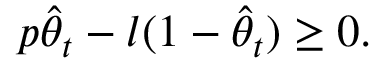
p \widehat { \theta } _ { t } - l ( 1 - \widehat { \theta } _ { t } ) \geq 0 .